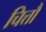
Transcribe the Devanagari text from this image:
चित्तौ